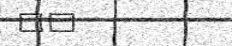
٨٥